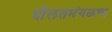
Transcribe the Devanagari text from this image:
दौलतमंगळचा